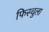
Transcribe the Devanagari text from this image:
फिस्‍चुला